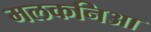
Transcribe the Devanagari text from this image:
मलकनिआ